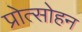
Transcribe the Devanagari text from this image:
प्रोत्साेहन